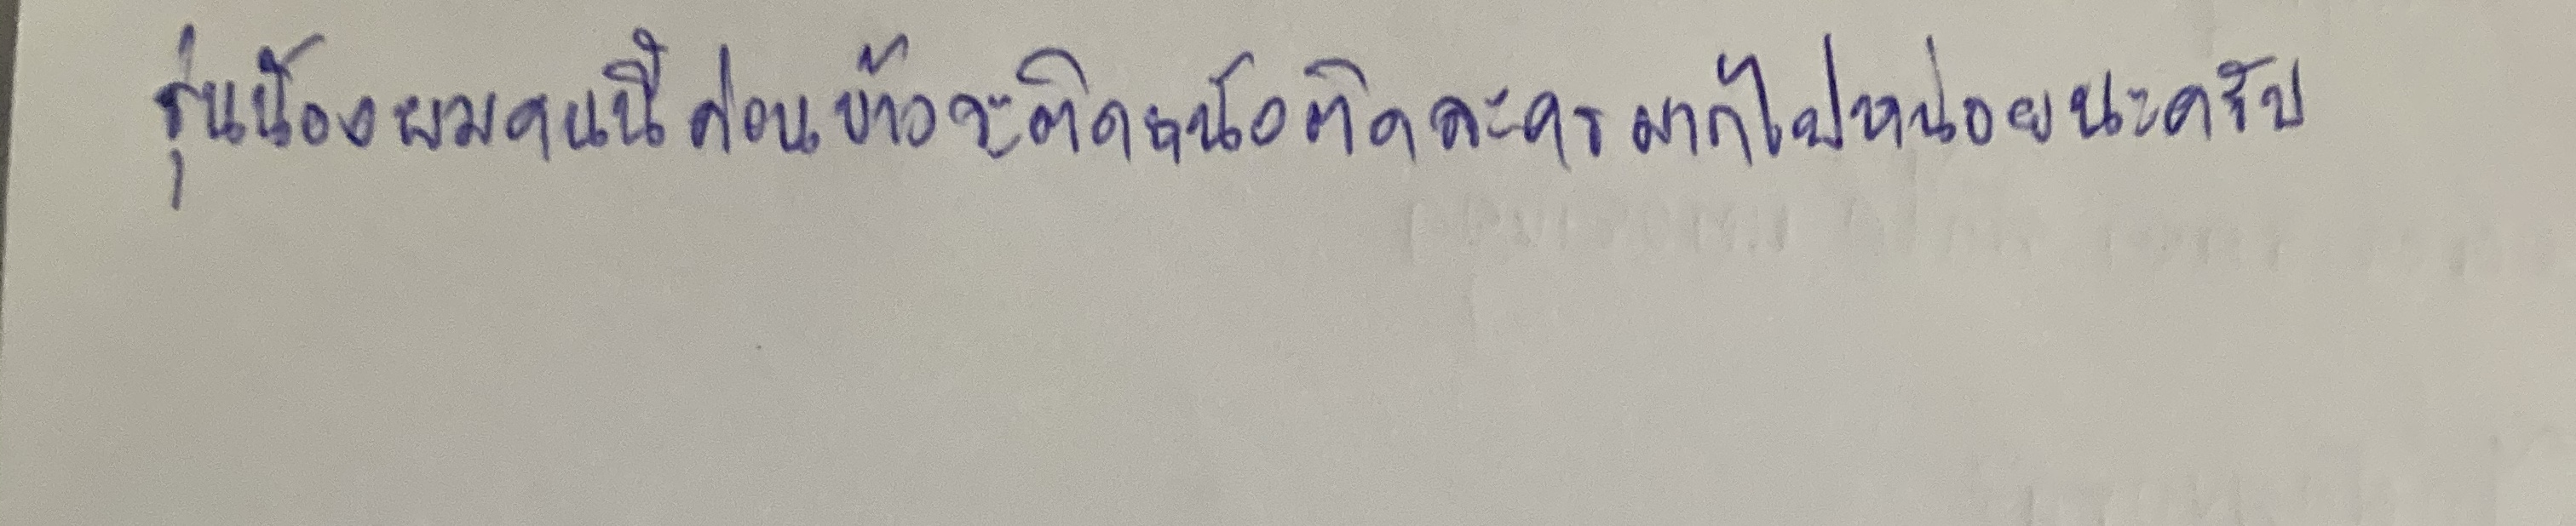
"รุ่นน้องผมคนนี้ค่อนข้างจะติดหนังติดละครมากไปหน่อยน่ะครับ"